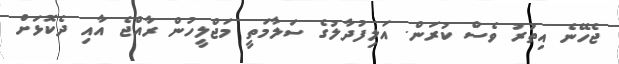
ޖެހޭނެ އިތުރު ވެސް ކުރަން. އަލިފުދާލުގެ ސަލާމަތީ މަޖްލީހުން ރާއްޖެ އާއި ދެކޮޅަށް